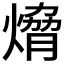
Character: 熁